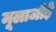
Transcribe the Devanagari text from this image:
मूलाजोड़े